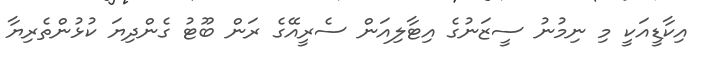
އިކާޑީއަކީ މި ނިމުނު ސީޒަނުގެ އިޓާލިއަން ސެރީއޭގެ ރަން ބޫޓު ގެންދިޔަ ކުޅުންތެރިޔާ